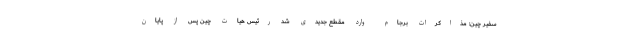
سفیر چین: مذاکرات برجام وارد مقطع جدیدی شد رئیس هیات چین پس از پایان